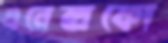
এনেক্সকো